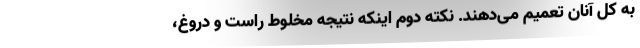
به کل آنان تعمیم می‌دهند. نکته دوم اینکه نتیجه مخلوط راست و دروغ،